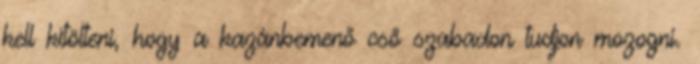
kell kitölteni, hogy a kazánbemenő cső szabadon tudjon mozogni.